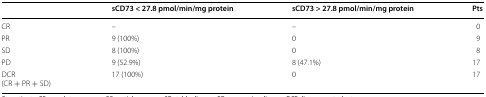
<table><thead><tr><td></td><td><b>sCD73 &lt; 27.8 pmol/min/mg protein</b></td><td><b>sCD73 &gt; 27.8 pmol/min/mg protein</b></td><td><b>Pts</b></td></tr></thead><tbody><tr><td>CR</td><td>–</td><td>–</td><td>0</td></tr><tr><td>PR</td><td>9 (100%)</td><td>0</td><td>9</td></tr><tr><td>SD</td><td>8 (100%)</td><td>0</td><td>8</td></tr><tr><td>PD</td><td>9 (52.9%)</td><td>8 (47.1%)</td><td>17</td></tr><tr><td>DCR(CR + PR + SD)</td><td>17 (100%)</td><td>0</td><td>17</td></tr></tbody></table>